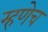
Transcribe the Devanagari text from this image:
म्हणेच